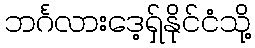
ဘင်္ဂလားဒေ့ရှ်နိုင်ငံသို့